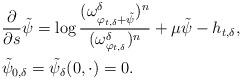
LaTeX: \begin{align*}& \frac{\partial}{\partial s} \tilde \psi =\log \frac{( \omega_{\varphi_{t, \delta}+\tilde\psi}^\delta)^n}{(\omega_{\varphi_{t, \delta}}^\delta)^n}+\mu\tilde \psi - h_{t,\delta},\\& \tilde \psi_{0,\delta}=\tilde\psi_{\delta}(0,\cdot)= 0.\end{align*}